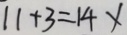
1 1 + 3 = 1 4 x